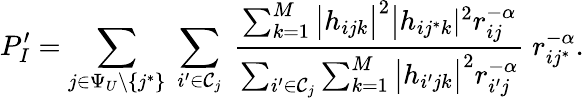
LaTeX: P_{I}^{\prime}=\sum_{j\in\Psi_{U}\backslash\{ j^{*}\} }\; \sum_{i^{\prime}\in\mathcal{C}_{j}}\; \frac{\sum_{k=1}^{M}\big|h_{ijk}\big|^{2}\big|h_{ij^{*}k}|^{2}r_{ij}^{-\alpha}}{\sum_{i^{\prime}\in\mathcal{C}_{j}}\sum_{k=1}^{M}\big|h_{i^{\prime}jk}\big|^{2}r_{i^{\prime}j}^{-\alpha}}\; r_{ij^{*}}^{-\alpha}.